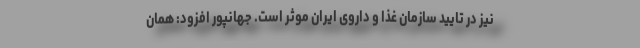
نیز در تایید سازمان غذا و داروی ایران موثر است. جهانپور افزود: همان